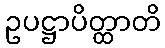
ဥပဋ္ဌာပိတ္ထာတိ